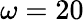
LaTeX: \omega=20